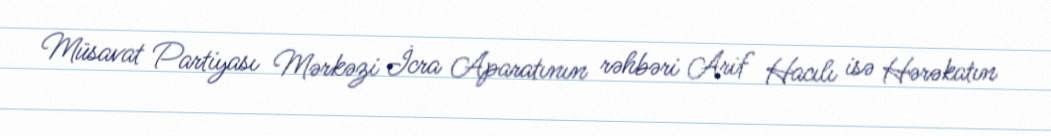
Müsavat Partiyası Mərkəzi İcra Aparatının rəhbəri Arif Hacılı isə Hərəkatın